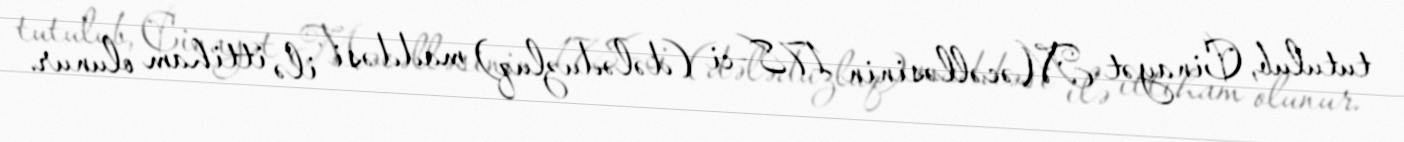
tutulub, Cinayət Məcəlləsinin 178-ci (dələduzluq) maddəsi ilə ittiham olunur.